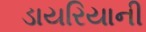
ડાયરિયાની